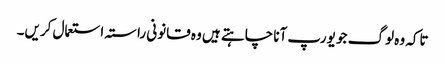
تاکہ وہ لوگ جو یورپ آنا چاہتے ہیں وہ قانونی راستہ استعمال کریں۔